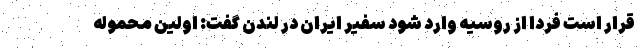
قرار است فردا از روسیه وارد شود سفیر ایران در لندن گفت: اولین محموله